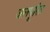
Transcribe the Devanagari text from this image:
जलपूरित